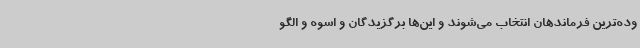
وده‌ترین فرماندهان انتخاب می‌شوند و این‌ها برگزیدگان و اسوه و الگو